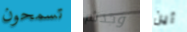
تسمحون وجدتم أين